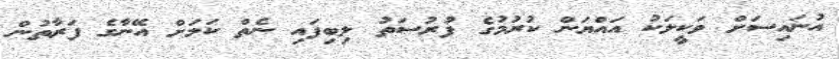
އުނައިސަށް ވަކީލަކު އައްޔަން ކުރުމުގެ ފުރުސަތު ލިބިފައި ނެތް ކަމަށް އޭނާގެ ފަރާތުން